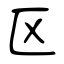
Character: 区